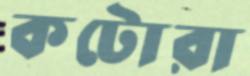
কটোরা